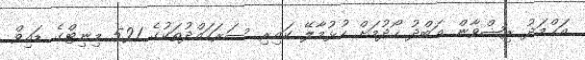
އަޙްމަދު ރިޟްވާން ޢަބްދު ހޯދުމަށް ހުޅުމާލޭ ކައިރި ސަރަހައްދުތަކުގެ 521 މިނިޓްގެ ޑައިވް